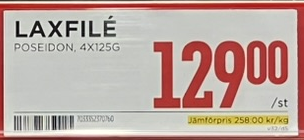
Vara: Laxfilé
Genomsnittspris: 258 per kg